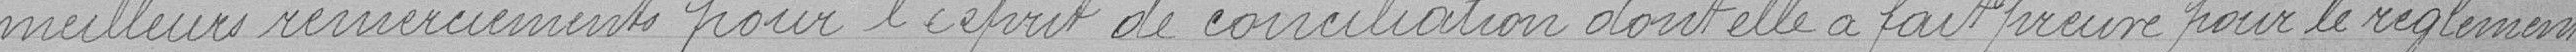
meilleurs remerciements pour l'esprit de conciliation dont elle a fait preuve pour le réglement